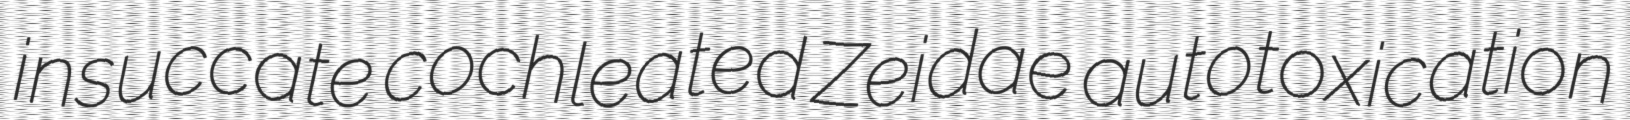
insuccate cochleated Zeidae autotoxication